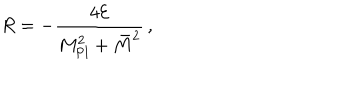
R = - \frac { 4 { \cal E } } { M _ { \mathrm { P l } } ^ { 2 } + \bar { M } ^ { 2 } } \, ,